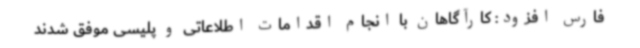
فارس افزود: کارآگاهان با انجام اقدامات اطلاعاتی و پلیسی موفق شدند